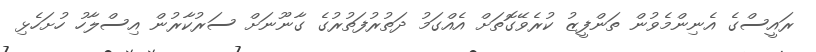
ރައީސްގެ އެނިންމެވުން ތަންފީޒު ކުރެވޭގޮތަށް އެއްގަމު ދަތުރުފަތުރުގެ ގާނޫނަށް ސަރުކާރުން އިސްލާހު ހުށަހެޅި